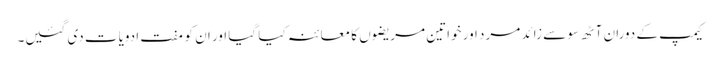
کیمپ کے دوران آٹھ سو سے زائد مرد اور خواتین مریضوں کا معائنہ کیا گیا اور ان کو مفت ادویات دی گئیں۔